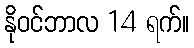
နိုဝင်ဘာလ 14 ရက်။